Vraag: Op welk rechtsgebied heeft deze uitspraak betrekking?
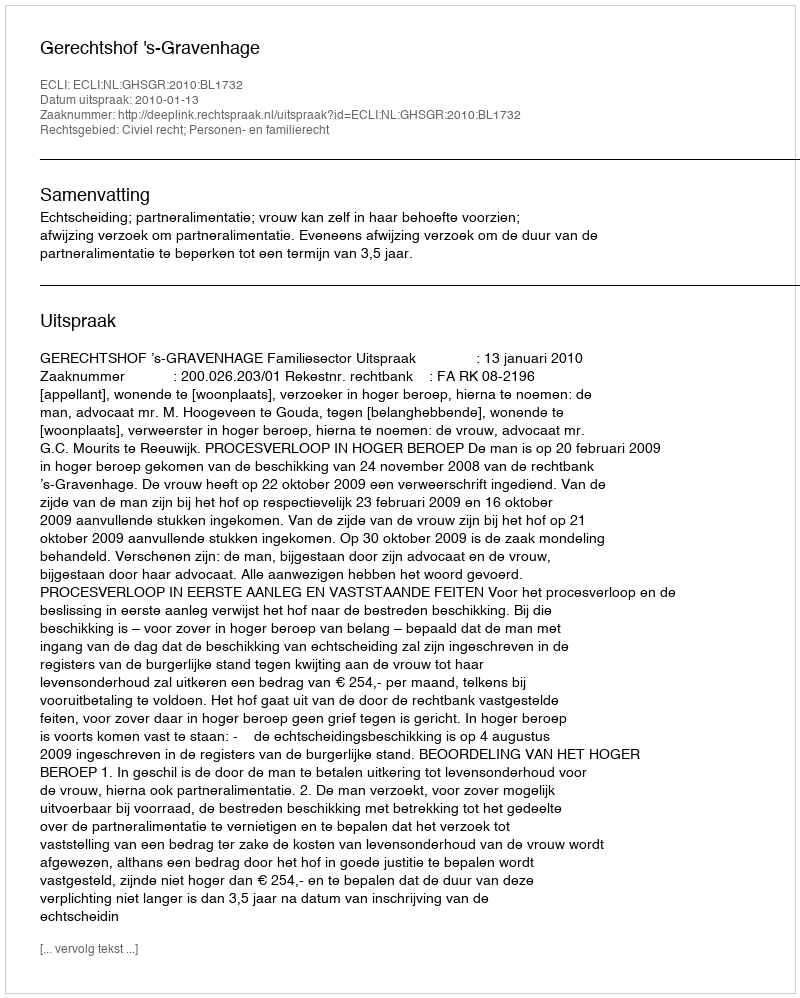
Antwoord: Civiel recht; Personen- en familierecht